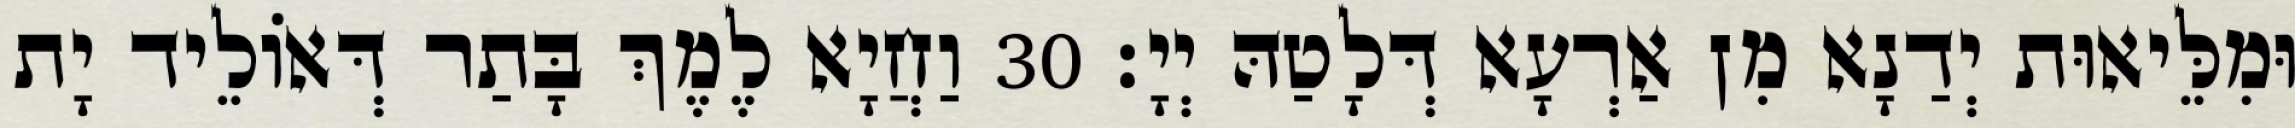
וּמִלֵּיאוּת יְדַנָא מִן אַרְעָא דְּלָטַהּ יְיָ׃ 30 וַחֲיָא לֶמֶךְ בָּתַר דְּאוֹלֵיד יָת